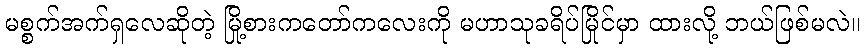
မစ္စက်အက်ရှလေဆိုတဲ့ မြို့စားကတော်ကလေးကို မဟာသုခရိပ်မြိုင်မှာ ထားလို့ ဘယ်ဖြစ်မလဲ။